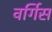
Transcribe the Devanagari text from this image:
वर्गिस